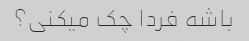
باشه فردا چک میکنی؟